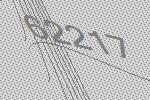
62217